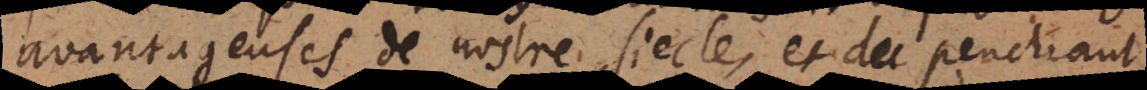
avantageuses de nostre siecle, et du penchant